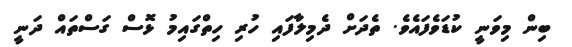
ބިން މިވަނީ ކުޑަވެފައެވެ. ތެދަށް ދެމިލާފައި ހުރި ހިތްގައިމު ޅޮސް ގަސްތައް ދަނީ